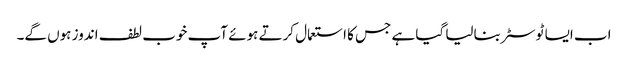
اب ایسا ٹوسٹر بنالیا گیا ہے جس کا استعمال کرتے ہوئے آپ خوب لطف اندوز ہوں گے۔